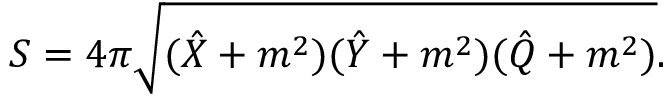
S = 4 \pi \sqrt { ( \hat { X } + m ^ { 2 } ) ( \hat { Y } + m ^ { 2 } ) ( \hat { Q } + m ^ { 2 } ) } .